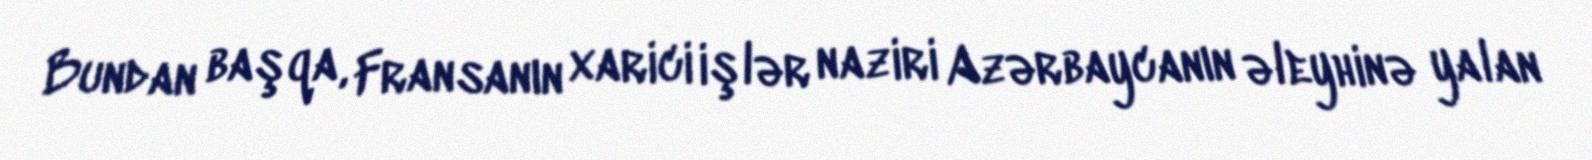
Bundan başqa, Fransanın xarici işlər naziri Azərbaycanın əleyhinə yalan